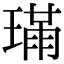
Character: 𤨸